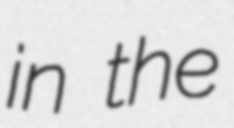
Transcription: in the